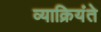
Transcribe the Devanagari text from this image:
व्याक्रियंते